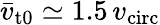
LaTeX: \bar{v}_{\mathrm{t0}}\simeq 1.5\, v_{\mathrm{circ}}